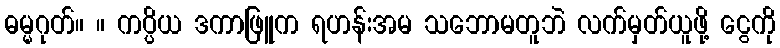
ဓမ္မဂုတ်။ ။ ကပ္ပိယ ဒကာဖြူက ရဟန်းအမ သဘောမတူဘဲ လက်မှတ်ယူဖို့ ငွေကို